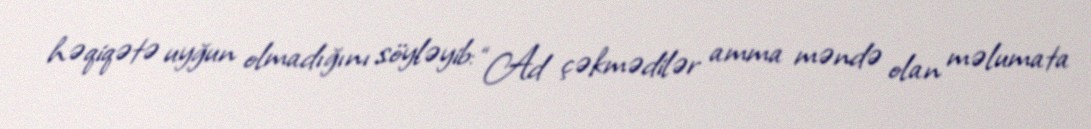
həqiqətə uyğun olmadığını söyləyib: “Ad çəkmədilər amma məndə olan məlumata